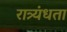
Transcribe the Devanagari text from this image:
रात्र्यंधता